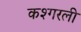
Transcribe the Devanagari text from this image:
कश्गरली